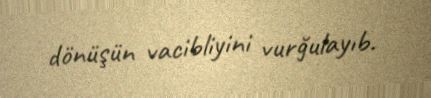
dönüşün vacibliyini vurğulayıb.